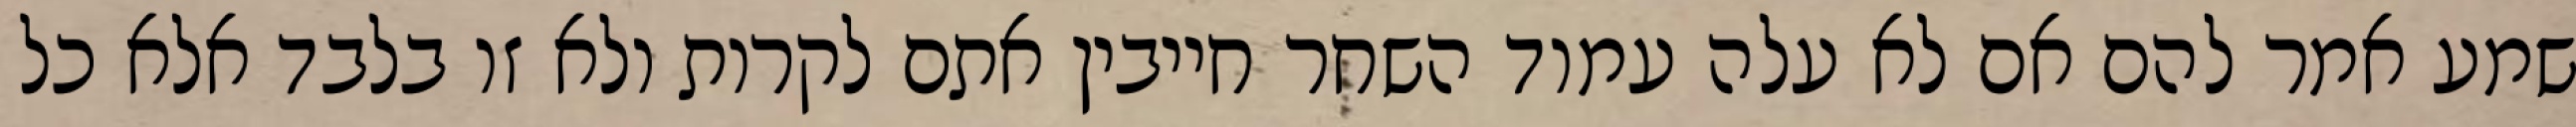
שמע אמר להם אם לא עלה עמוד השחר חייבין אתם לקרות ולא זו בלבד אלא כל